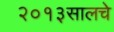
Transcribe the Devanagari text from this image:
२०१३सालचेे